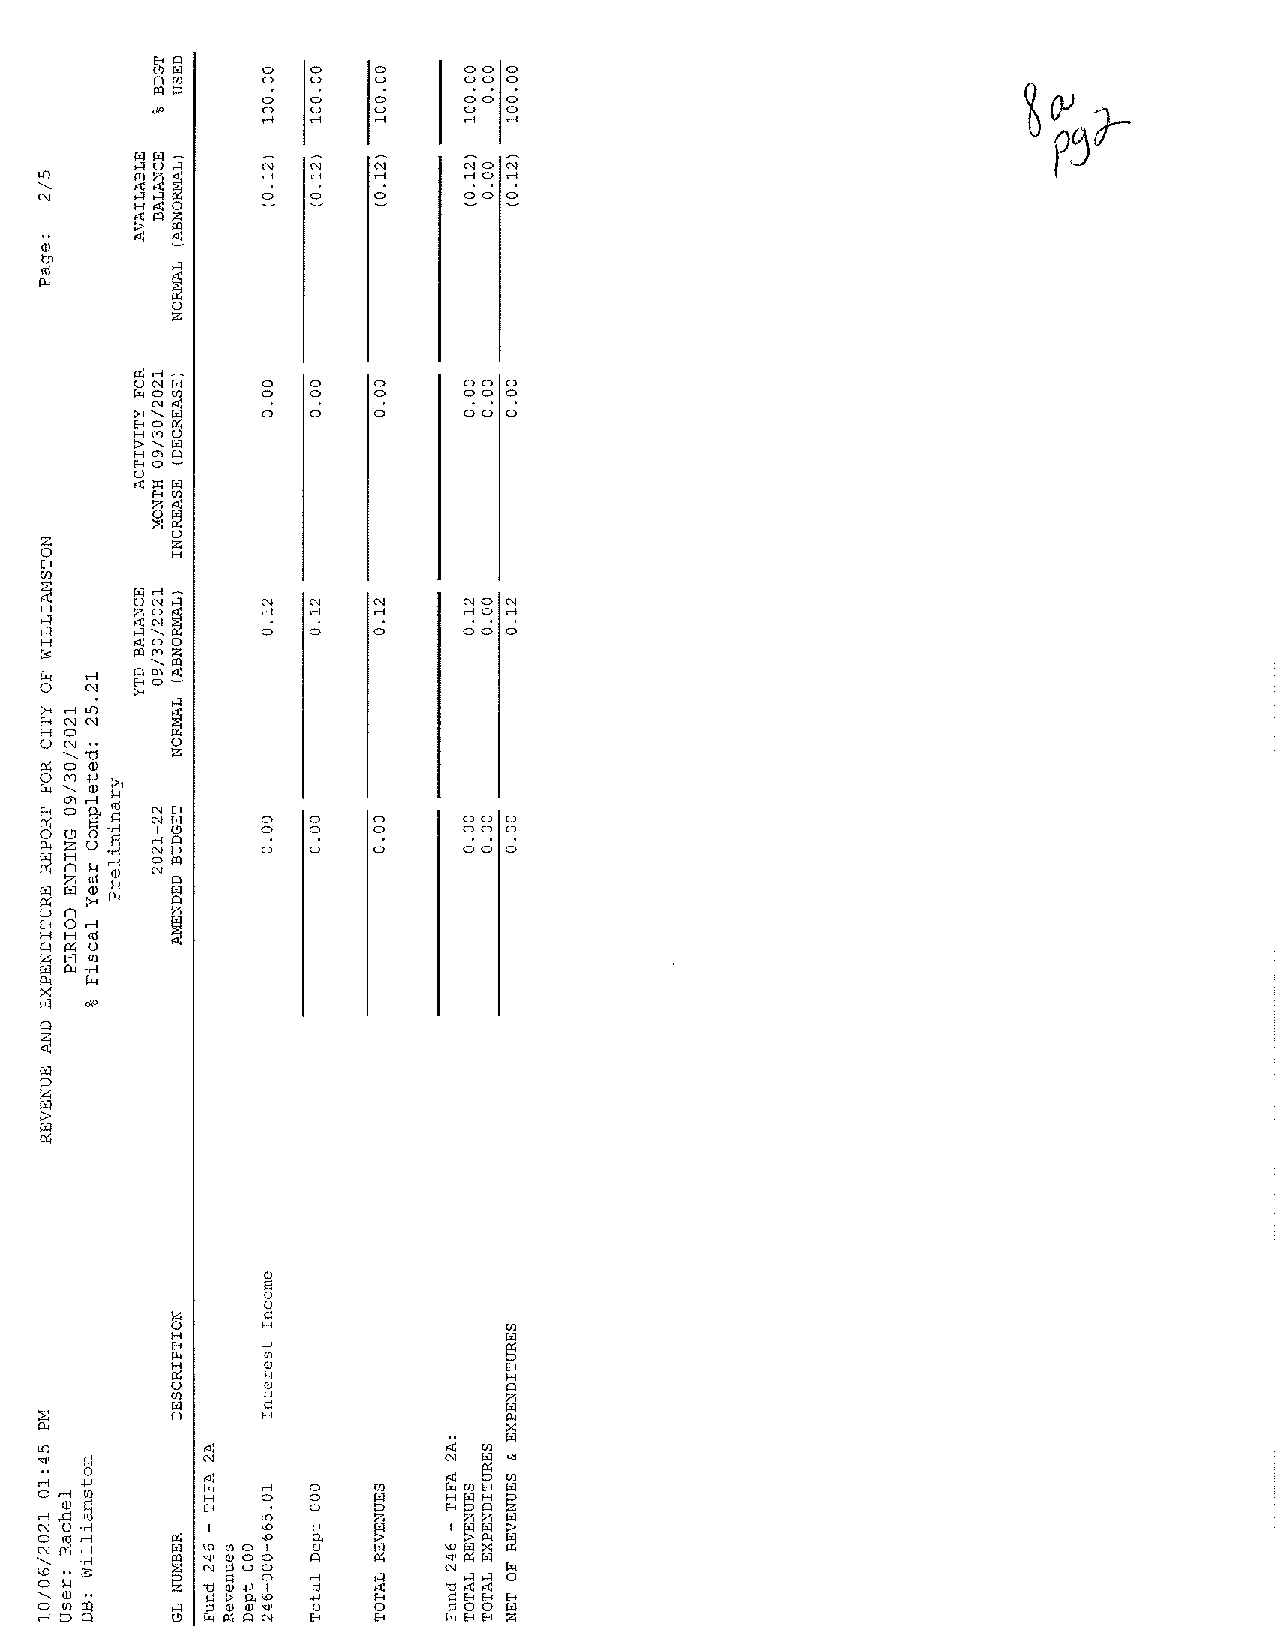
0   0   a     oo a
 0   0   0     00 0
 0,., 0,., a,.,
 0   D   0
 N         ND N
 U)                 rl        ,-, 0 rl
 <,
 N              0   a   a     0 0 0
 ,-:i
 !
 0z
 0a a
 0
 o
 0
 0 00
 0
 0
 0
 a  a    0     oo a
 z
 0
 E--<
 UJ
 �
 N       N     NON
 H             rl      ..-l  ,-, 0 rl
 ,-:i
 ,-:i          0  0    0     00 0
 H:s:
 fr,
 0
 i
 0z
 NE-<
 ";l tB D a 0 0 0 0   0o0o 0o
 rl Q
 ND     a  0    0     oo o
 O P'.l
 N
 QJ
 E:
 0
 u
 5     ,::
 H               u:,
 H E-< _µ              r�,1
 p.    O'.l            D
 H�    Q "J            E H-<
 ::;::
 0
 U
 r i:,
 11)  _
 H(
 ,µ
 :l :)          iz
 r
 ": i1
 "l
 ""'                            ><
 L 'Sf J) ' r:: NAi         NAi i r�,n 1
 r.i,l,
 < <r 0 r N 0 N I 0.Ol l ,
 ,
 r . �cQ u « $ Q,: :l -J !: )j · r r ·_ :r r0 U � .sµ ll .l l:} � � P: Dz,':.1 :l " < N "A µ H E ,l- :Jl. '< ' :i , " ( : i (:: ::l l,) ):' i a 0 a . pµ
 .
 "r 0 L " " a 0 0! '{l
 '
 ' ') 0 a 0 ,. Q .p Q ".µ µ,J '. U w Dz r: g ,, E: ., , -, :1 J <:) . i " NA µ H E " ' iO :- I. ' < ' :i , ' U r Dz µ : r � > , E, ,>, --1 <:') ll l z > -D E H i µ "> � , E: ,- ' -1 << 1 :l <l ' u r Dz w t � µ 0 E, > -: 1 . <, ,
 0 rl bU} r 0rl . l. 9:1 µ:: .i , �(l) Q(l) N <l' E0 -< 0 E-< µ;: .J ,O E-< O E-< µzl